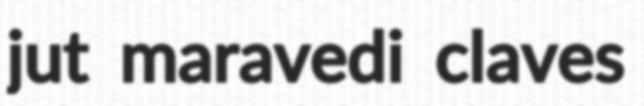
jut maravedi claves